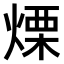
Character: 𤌣